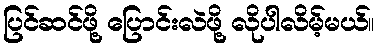
ပြင်ဆင်ဖို့ ပြောင်းလဲဖို့ လိုပါလိမ့်မယ်။